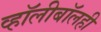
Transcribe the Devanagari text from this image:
व्हॉलीबॉलही